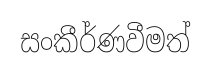
සංකීර්ණවීමත්